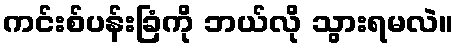
ကင်းစ်ပန်းခြံကို ဘယ်လို သွားရမလဲ။